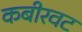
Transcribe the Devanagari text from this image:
कबीरवट